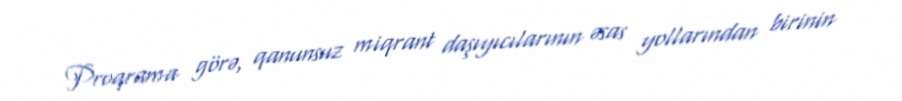
Proqrama görə, qanunsuz miqrant daşıyıcılarının əsas yollarından birinin